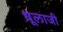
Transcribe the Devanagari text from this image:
धूलाजी